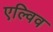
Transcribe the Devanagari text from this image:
एल्विव